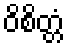
ဝိစိတ္တံ